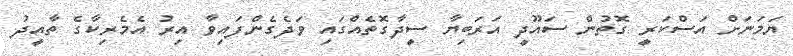
ޔަމަނަށް އަސްކަރީ ގޮތުން ސައޫދީ އަރަބިޔާ ސީދާގޮތެއްގައި ވަދެގެންފައިވާ އިރު އެމެރިކާގެ ތާއީދު